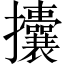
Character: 攮